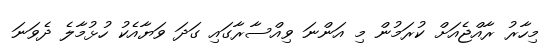
މިހާރު ރާއްޖެއަށް ކުރަމުން މި އަންނަ ވިއްސާރާގައި ގަދަ ވަޔާއެކު ހުޅުމާލެ ދެވަނަ